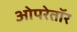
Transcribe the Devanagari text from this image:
ओपरेतॉर